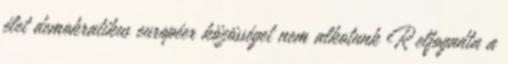
élet demokratikus européer közösséget nem alkotunk R elfogadta a